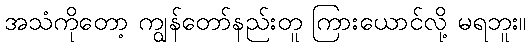
အသံကိုတော့ ကျွန်တော်နည်းတူ ကြားယောင်လို့ မရဘူး။